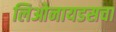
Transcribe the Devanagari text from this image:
लिओनायडसचा